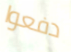
دفعوا